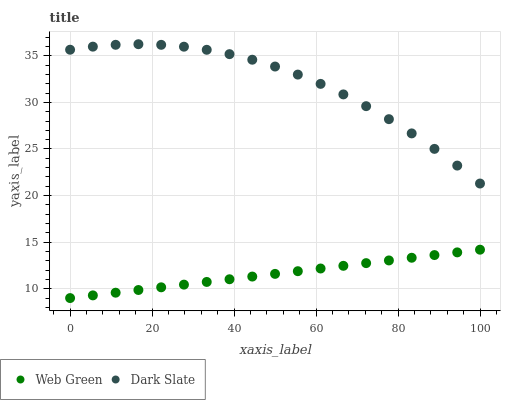
| xaxis_label | Web Green | Dark Slate |
 | --- | --- | --- |
 | 0 | 9 | 35.6 |
 | 5.56 | 9.29 | 36 |
 | 11.1 | 9.58 | 36.2 |
 | 16.7 | 9.87 | 36.2 |
 | 22.2 | 10.2 | 36.2 |
 | 27.8 | 10.4 | 36 |
 | 33.3 | 10.7 | 35.6 |
 | 38.9 | 11 | 35.2 |
 | 44.4 | 11.3 | 34.6 |
 | 50 | 11.6 | 33.8 |
 | 55.6 | 11.9 | 33 |
 | 61.1 | 12.2 | 32 |
 | 66.7 | 12.5 | 30.9 |
 | 72.2 | 12.7 | 29.6 |
 | 77.8 | 13 | 28.2 |
 | 83.3 | 13.3 | 26.7 |
 | 88.9 | 13.6 | 25 |
 | 94.4 | 13.9 | 23.2 |
 | 100 | 14.2 | 21.3 |